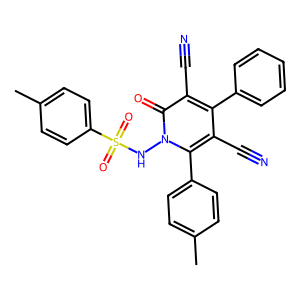
SMILES: Cc1ccc(-c2c(C#N)c(-c3ccccc3)c(C#N)c(=O)n2NS(=O)(=O)c2ccc(C)cc2)cc1
Inhibits HIV replication: No